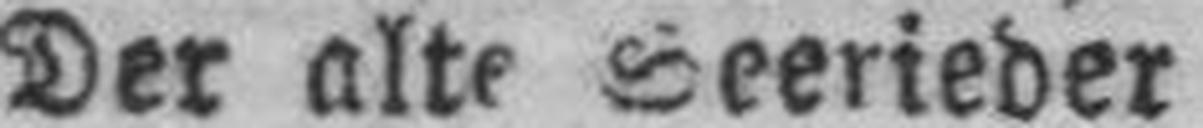
Der alte Seerieder